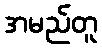
အမည်တူ